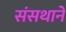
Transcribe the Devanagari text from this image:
संसथाने